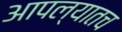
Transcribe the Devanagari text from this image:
आपल्यातच